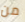
من